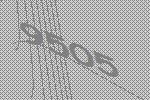
9505